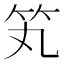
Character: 笂